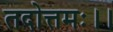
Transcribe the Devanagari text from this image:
तदोत्तमः।।